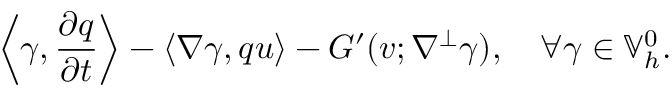
\left\langle \gamma , \frac { \partial q } { \partial t } \right\rangle - \left\langle \nabla \gamma , q u \right\rangle - G ^ { \prime } ( v ; \nabla ^ { \perp } \gamma ) , \quad \forall \gamma \in \mathbb { V } _ { h } ^ { 0 } .